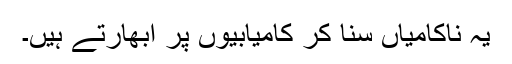
یہ ناکامیاں سنا کر کامیابیوں پر ابھارتے ہیں۔